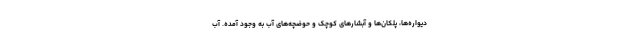
دیواره‌ها، پلکان‌ها و آبشارهای کوچک و حوضچه‌های آب به وجود آمده. آب